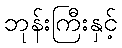
ဘုန်းကြီးနှင့်